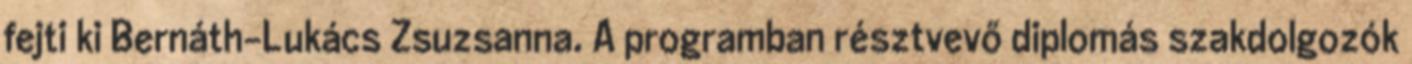
fejti ki Bernáth-Lukács Zsuzsanna. A programban résztvevő diplomás szakdolgozók